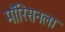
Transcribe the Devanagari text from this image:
मॉरिसनला